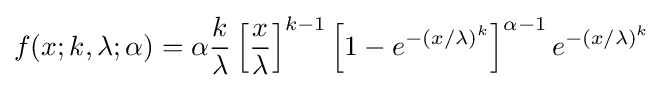
f(x;k,\lambda ;\alpha )=\alpha {\frac {k}{\lambda }}\left[{\frac {x}{\lambda }}\right]^{k-1}\left[1-e^{-(x/\lambda )^{k}}\right]^{\alpha -1}e^{-(x/\lambda )^{k}}